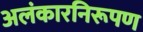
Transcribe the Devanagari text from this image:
अलंकारनिरूपण